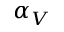
\alpha _ { V }